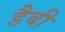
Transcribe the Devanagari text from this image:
डैबी